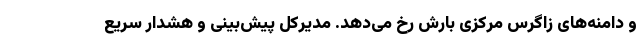
و دامنه‌های زاگرس مرکزی بارش رخ می‌دهد. مدیرکل پیش‌بینی و هشدار سریع